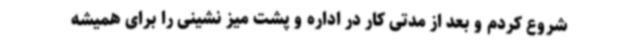
شروع کردم و بعد از مدتی کار در اداره و پشت میز نشینی را برای همیشه